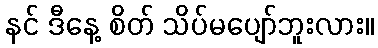
နင် ဒီနေ့ စိတ် သိပ်မပျော်ဘူးလား။